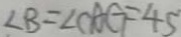
\angle B = \angle C A G = 4 5 ^ { \circ }